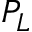
P _ { L }